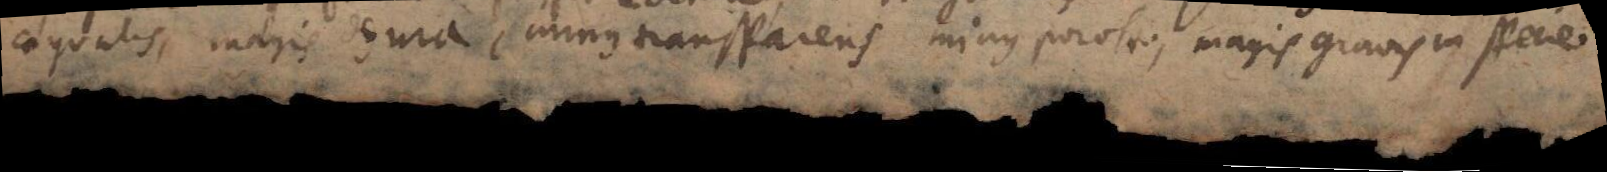
aequalis, magis dura, minus transparens, minus porosa, magis gravis in specie.